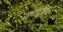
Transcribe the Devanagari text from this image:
उत्तर्ध्राुवीय